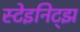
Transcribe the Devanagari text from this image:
स्टेइनिट्झ